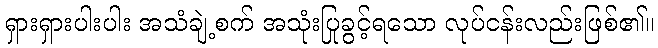
ရှားရှားပါးပါး အသံချဲ့စက် အသုံးပြုခွင့်ရသော လုပ်ငန်းလည်းဖြစ်၏။